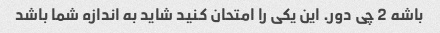
باشه 2 چی دور. این یکی را امتحان کنید شاید به اندازه شما باشد